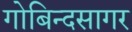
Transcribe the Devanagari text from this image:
गोबिन्‍दसागर